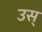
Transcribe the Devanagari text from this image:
उस्